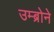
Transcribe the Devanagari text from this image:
उम्ब्रोने